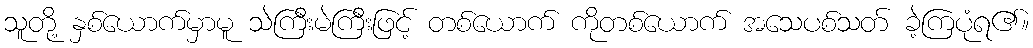
သူတို့ နှစ်ယောက်မှာမူ သဲကြီးမဲကြီးဖြင့် တစ်ယောက် ကိုတစ်ယောက် အသေပစ်သတ် ခဲ့ကြပုံရ၏။